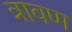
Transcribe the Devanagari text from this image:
त्रावण